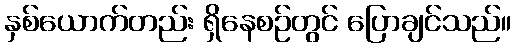
နှစ်ယောက်တည်း ရှိနေစဉ်တွင် ပြောချင်သည်။